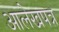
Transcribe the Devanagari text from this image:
आलेखपत्र